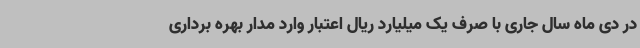
در دی ماه سال جاری با صرف یک میلیارد ریال اعتبار وارد مدار بهره برداری